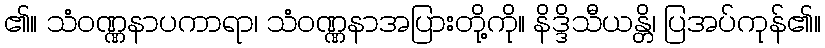
၏။ သံဝဏ္ဏနာပကာရာ၊ သံဝဏ္ဏနာအပြားတို့ကို။ နိဒ္ဒိသီယန္တိ၊ ပြအပ်ကုန်၏။